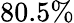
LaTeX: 80.5\%